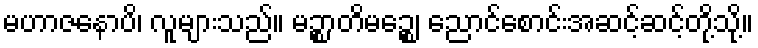
မဟာဇနောပိ၊ လူများသည်။ မဉ္စာတိမဉ္စေ၊ ညောင်စောင်းအဆင့်ဆင့်တို့သို့။